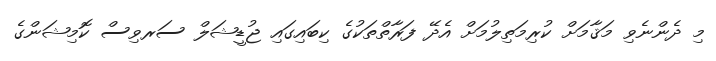
މި ދެންނެވި މަޤާމަށް ކުރިމަތިލުމަށް އެދޭ ފަރާތްތަކުގެ ކިބައިގައި ޖުޑީޝަލް ސަރވިސް ކޮމިޝަންގެ